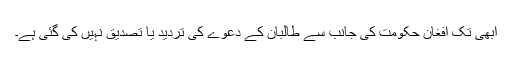
ابھی تک افغان حکومت کی جانب سے طالبان کے دعوے کی تردید یا تصدیق نہیں کی گئی ہے۔